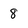
Character: 8